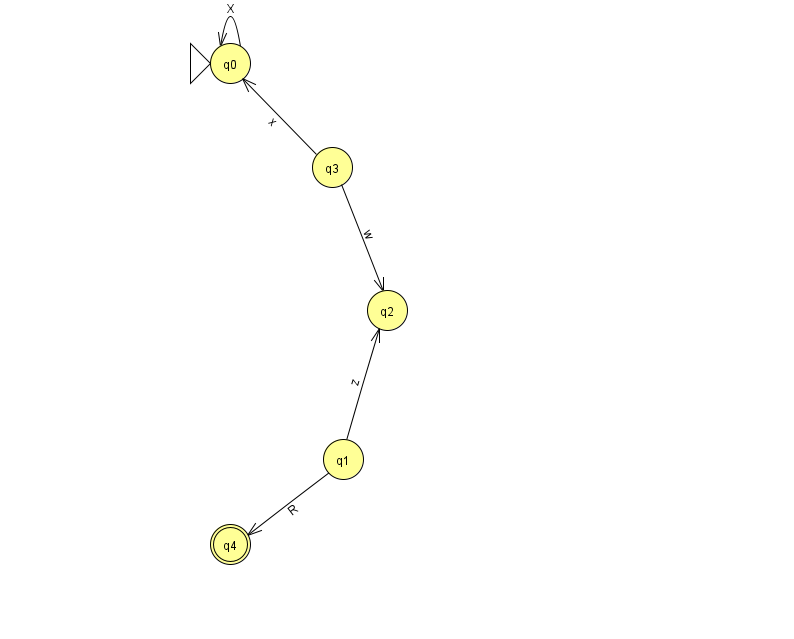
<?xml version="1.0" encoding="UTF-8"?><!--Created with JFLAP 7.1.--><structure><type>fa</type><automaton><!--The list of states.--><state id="0" name="q0"><x>230.0</x><y>50.0</y><initial/></state><state id="1" name="q1"><x>343.0</x><y>446.0</y></state><state id="2" name="q2"><x>387.0</x><y>297.0</y></state><state id="3" name="q3"><x>332.0</x><y>154.0</y></state><state id="4" name="q4"><x>230.0</x><y>531.0</y><final/></state><!--The list of transitions.--><transition><from>0</from><to>0</to><read>X</read></transition><transition><from>3</from><to>2</to><read>w</read></transition><transition><from>1</from><to>2</to><read>z</read></transition><transition><from>3</from><to>0</to><read>x</read></transition><transition><from>1</from><to>4</to><read>R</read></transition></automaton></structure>